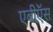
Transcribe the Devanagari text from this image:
एबीऍस